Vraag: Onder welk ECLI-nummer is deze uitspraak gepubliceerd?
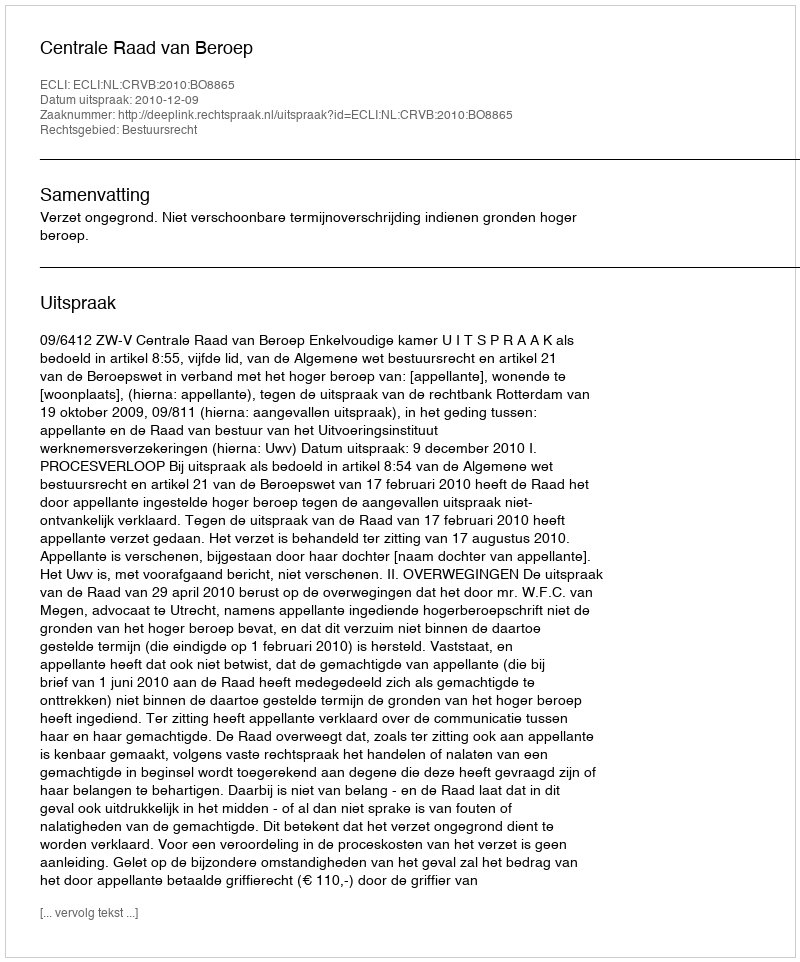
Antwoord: ECLI:NL:CRVB:2010:BO8865